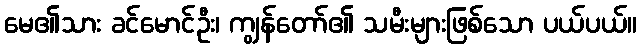
မေ၏သား ခင်မောင်ဦး၊ ကျွန်တော်၏ သမီးများဖြစ်သော ပယ်ပယ်။